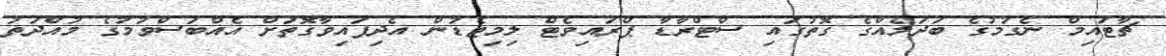
ޗާޓައިމް ނެގުމުގެ ބަދަލެއްގެ ގޮތުގައި ސްޓްރާޑާ ޕްރައިވެޓް ލިމިޓެޑުން އެދިފައިވާގޮތަށް އެއްބަސްވުމުގެ މުއްދަތު